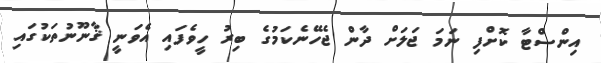
އިންސްޓާ ކޮށްފި ނަމަ ޖަލަށް ދާން ޖެހޭނެކަމުގެ ބިރު ހީވެފައި އެވަނީ ޤާނޫނުތަކުގައި